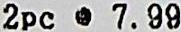
2PC @ 7.99